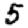
Digit: 5